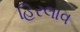
હિરલાવ